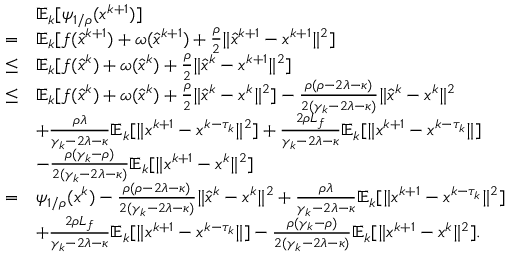
\begin{array} { r l } & { \mathbb { E } _ { k } [ \psi _ { 1 / \rho } ( x ^ { k + 1 } ) ] } \\ { = } & { \mathbb { E } _ { k } [ f ( \hat { x } ^ { k + 1 } ) + \omega ( \hat { x } ^ { k + 1 } ) + \frac { \rho } { 2 } \| \hat { x } ^ { k + 1 } - x ^ { k + 1 } \| ^ { 2 } ] } \\ { \leq } & { \mathbb { E } _ { k } [ f ( \hat { x } ^ { k } ) + \omega ( \hat { x } ^ { k } ) + \frac { \rho } { 2 } \| \hat { x } ^ { k } - x ^ { k + 1 } \| ^ { 2 } ] } \\ { \leq } & { \mathbb { E } _ { k } [ f ( \hat { x } ^ { k } ) + \omega ( \hat { x } ^ { k } ) + \frac { \rho } { 2 } \| \hat { x } ^ { k } - x ^ { k } \| ^ { 2 } ] - \frac { \rho ( \rho - 2 \lambda - \kappa ) } { 2 ( \gamma _ { k } - 2 \lambda - \kappa ) } \| \hat { x } ^ { k } - x ^ { k } \| ^ { 2 } } \\ & { + \frac { \rho \lambda } { \gamma _ { k } - 2 \lambda - \kappa } \mathbb { E } _ { k } [ \| x ^ { k + 1 } - x ^ { k - \tau _ { k } } \| ^ { 2 } ] + \frac { 2 \rho L _ { f } } { \gamma _ { k } - 2 \lambda - \kappa } \mathbb { E } _ { k } [ \| x ^ { k + 1 } - x ^ { k - \tau _ { k } } \| ] } \\ & { - \frac { \rho ( \gamma _ { k } - \rho ) } { 2 ( \gamma _ { k } - 2 \lambda - \kappa ) } \mathbb { E } _ { k } [ \| x ^ { k + 1 } - x ^ { k } \| ^ { 2 } ] } \\ { = } & { \psi _ { 1 / \rho } ( x ^ { k } ) - \frac { \rho ( \rho - 2 \lambda - \kappa ) } { 2 ( \gamma _ { k } - 2 \lambda - \kappa ) } \| \hat { x } ^ { k } - x ^ { k } \| ^ { 2 } + \frac { \rho \lambda } { \gamma _ { k } - 2 \lambda - \kappa } \mathbb { E } _ { k } [ \| x ^ { k + 1 } - x ^ { k - \tau _ { k } } \| ^ { 2 } ] } \\ & { + \frac { 2 \rho L _ { f } } { \gamma _ { k } - 2 \lambda - \kappa } \mathbb { E } _ { k } [ \| x ^ { k + 1 } - x ^ { k - \tau _ { k } } \| ] - \frac { \rho ( \gamma _ { k } - \rho ) } { 2 ( \gamma _ { k } - 2 \lambda - \kappa ) } \mathbb { E } _ { k } [ \| x ^ { k + 1 } - x ^ { k } \| ^ { 2 } ] . } \end{array}